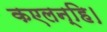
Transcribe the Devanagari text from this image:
कएलन्हि।